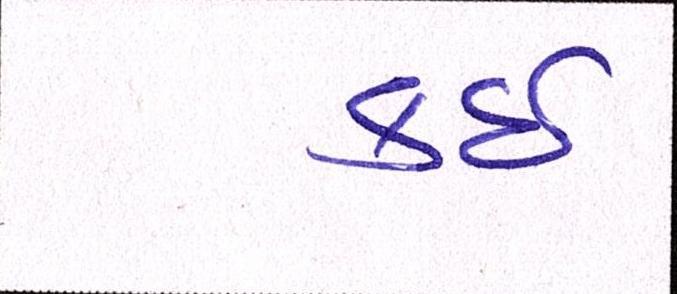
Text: કઇ